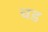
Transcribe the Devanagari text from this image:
चड